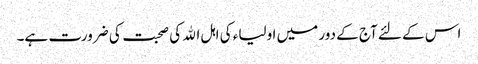
اس کے لئے آج کے دور میں اولیاء کی اہل اﷲ کی صحبت کی ضرورت ہے۔